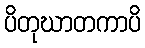
ပိတုဃာတကာပိ